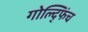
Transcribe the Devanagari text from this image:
गोल्द्फिंच